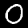
Digit: 0